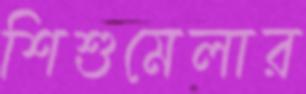
শিশুমেলার